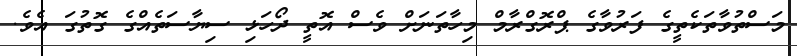
މަސްތުވާތަކެތީގެ ފަރުވާގެ ޕްރޮގްރާމް މިހާތަނަށް ވެސް އޮތީ ދޯހަޅި ސިޔާސަތެއްގެ ގޮތުގަ އެވެ.